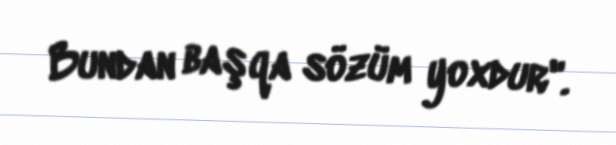
Bundan başqa sözüm yoxdur".